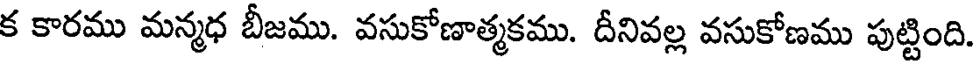
క కారము మన్మధ బీజము. వసుకోణాత్మకము. దీనివల్ల వసుకోణము పుట్టింది.